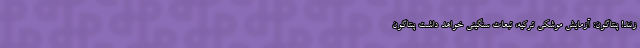
‌زنند! پنتاگون: آزمایش موشکی ترکیه، تبعات سنگینی خواهد داشت پنتاگون